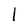
Character: 1